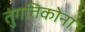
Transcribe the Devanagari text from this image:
तुंगतिकोना